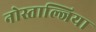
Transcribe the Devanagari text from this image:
नोस्ताल्जिया